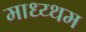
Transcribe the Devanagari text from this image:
माध्य्थम